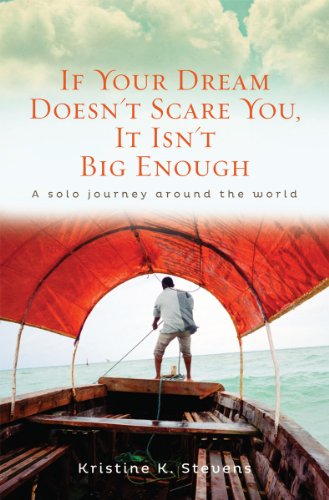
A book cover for If Your Dream Doesn't Scare You, It Isn't Big Enough: A Solo Journey Around the World; Kristine K Stevens; Travel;